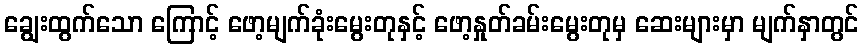
ချွေးထွက်သော ကြောင့် ဖော့မျက်ခုံးမွေးတုနှင့် ဖော့နှုတ်ခမ်းမွေးတုမှ ဆေးများမှာ မျက်နှာတွင်